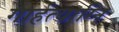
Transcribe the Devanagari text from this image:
गार्हत्याग्नि